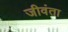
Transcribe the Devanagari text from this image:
जीवंता